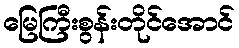
မြေကြီးစွန်းတိုင်အောင်